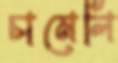
চামেলি